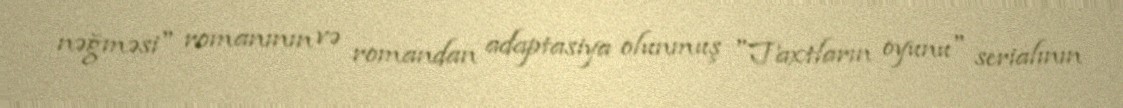
nəğməsi" romanının və romandan adaptasiya olunmuş "Taxtların oyunu" serialının